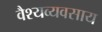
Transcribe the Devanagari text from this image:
वैश्यव्यवसाय